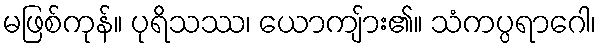
မဖြစ်ကုန်။ ပုရိသဿ၊ ယောကျ်ား၏။ သံကပ္ပရာဂေါ၊